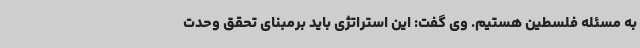
به مسئله فلسطین هستیم. وی گفت: این استراتژی باید برمبنای تحقق وحدت